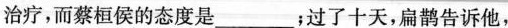
治疗，而蔡桓侯的态度是___；过了十天，扁鹊告诉他，